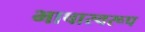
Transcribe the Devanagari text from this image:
भाषास्वरूप